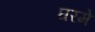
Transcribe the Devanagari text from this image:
घरमे